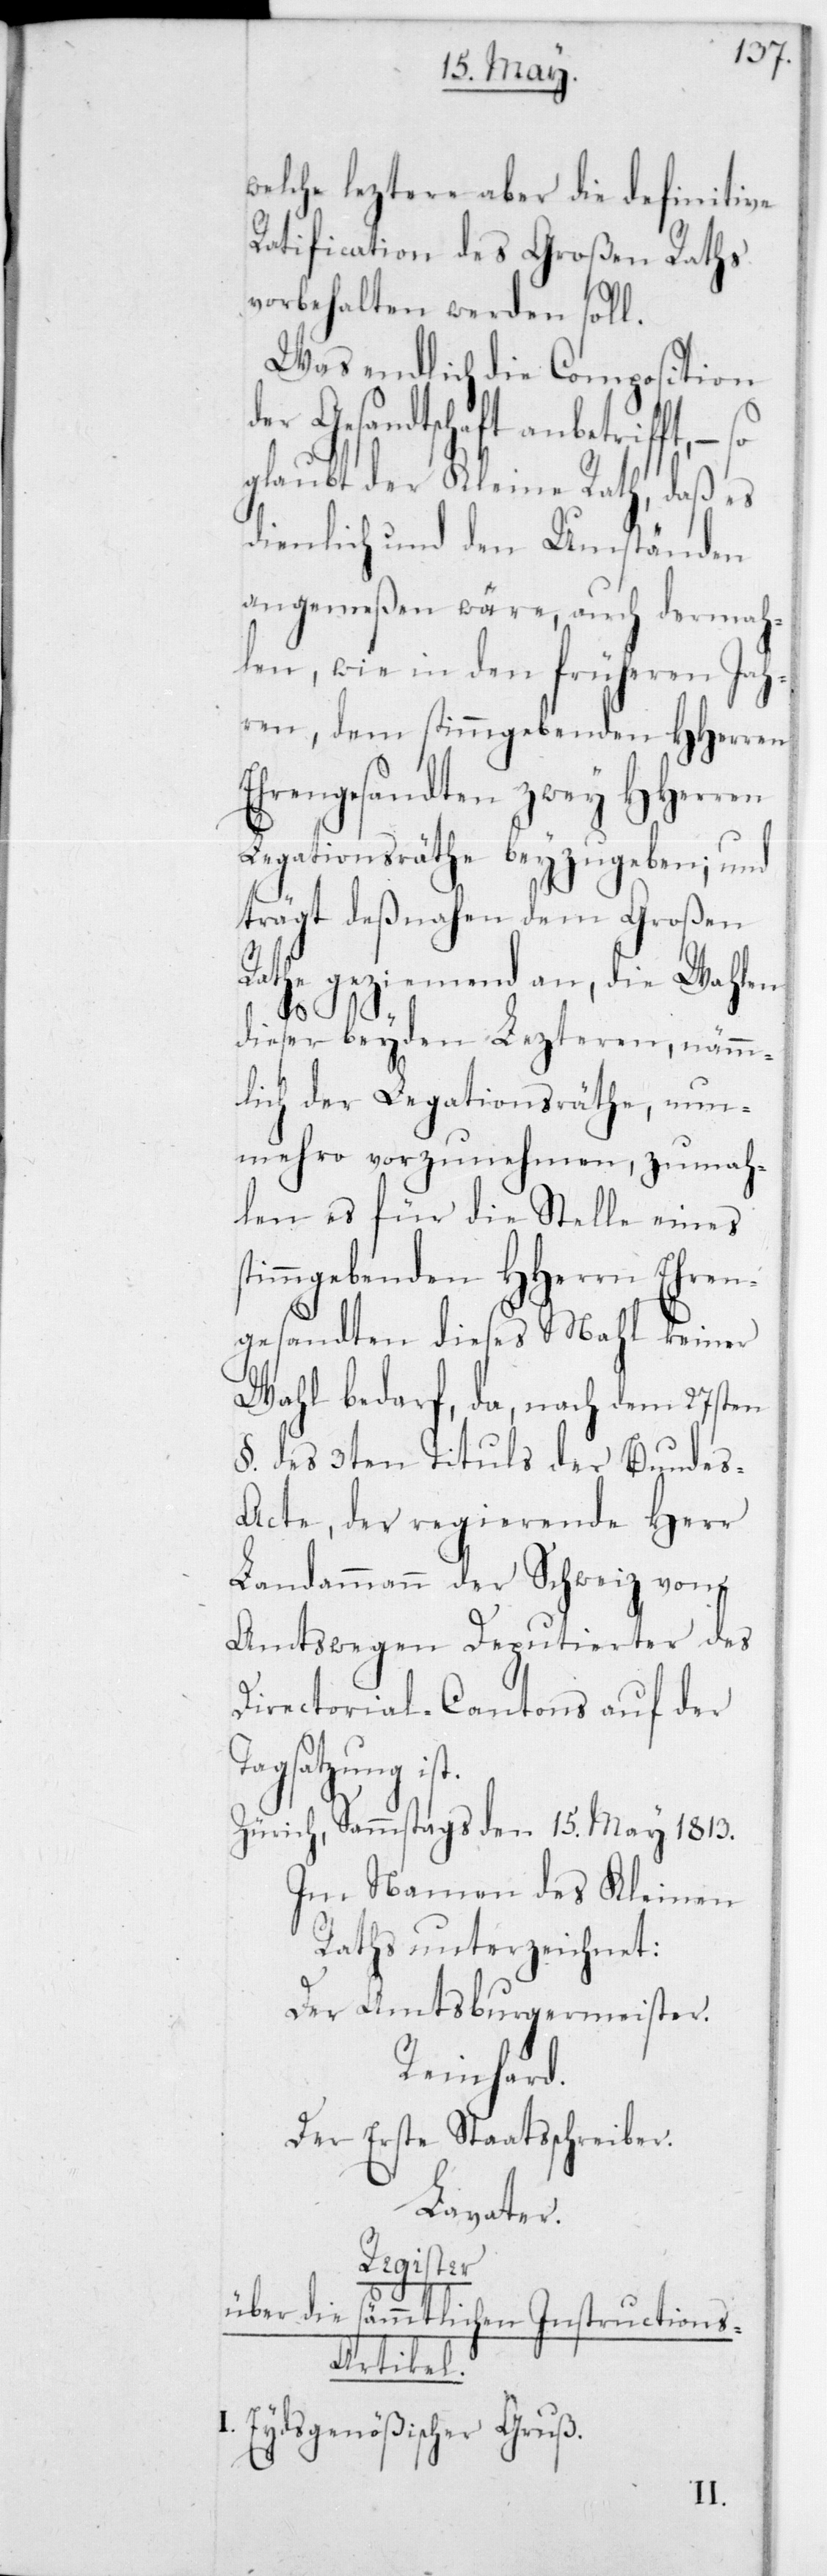
welche leztere aber die definitve
Ratification des Großen Raths
vorbehalten werden soll.
Was endlich die Composition
der Gesandtschaft anbetrifft, –
glaubt der Kleine Rath, daß es
dienlich und den Umständen
angemeßen wäre, auch dermah¬
len, wie in den früheren Ja¬
hren, dem stimmgebenden HHerren
Ehrengesandten zwey HHerren
Legationsräte beyzugeben; und
trägt deßnahen dem Großen
Rathe geziemend an, die Wahlen
T¬
dieser beyden Lezteren, nämm¬
lich der Legationsräthe, nun¬
mehro vorzunehmen, zumah¬
len es für die Stelle eines
immgebenden HHerrn Ehren¬
gesandten dieses Mal keiner
Wahl bedarf, da nach dem 27sten
§ des 3ten Tituls der Bunde¬
s-Acte, der regierende Herr
Landammann der Schweiz von
Amtswegen Deputierter des
Directorial-Cantons auf der
agsatzung ist.
Zürich, Sammstags den 15ten May 1813.
Im Namen des Kleinen
Raths unterzeichnet:
Der Amtsburgermeister.
Reinhard.
Der erste Staatsschreiber.
Lavater.
Register
über die sämmtlichen Instructions-A¬
rtikel.
I. Eydsgenößischer Gruß.